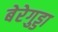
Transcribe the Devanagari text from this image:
बेरेगुड्डा